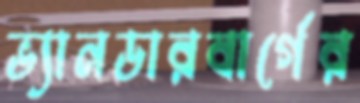
ভ্যানডারবার্গের